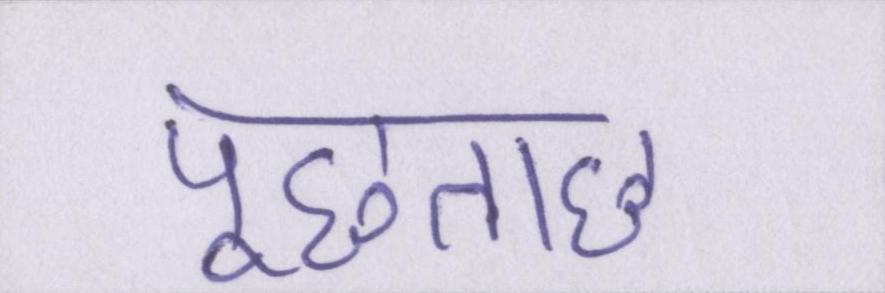
पूछताछ